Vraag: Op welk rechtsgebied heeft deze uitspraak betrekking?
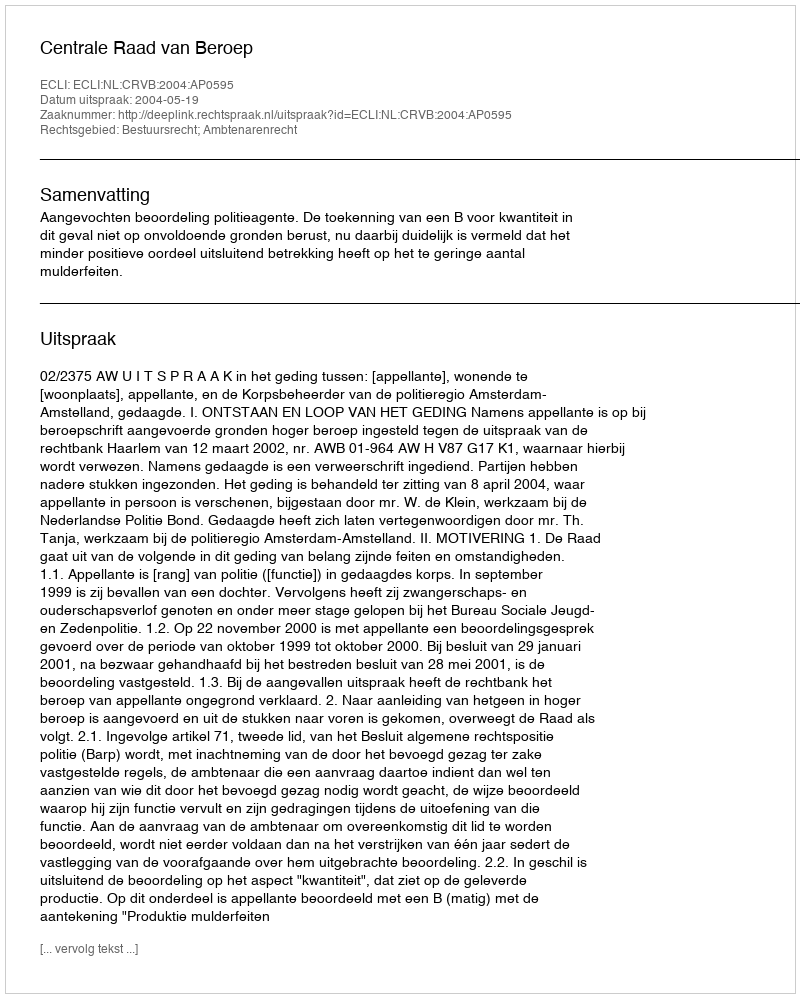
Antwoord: Bestuursrecht; Ambtenarenrecht